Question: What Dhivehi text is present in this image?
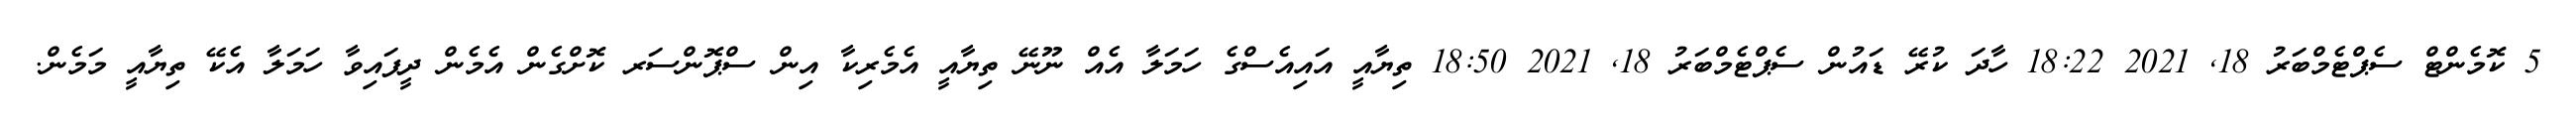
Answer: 5 ކޮމެންޓް ސެޕްޓެމްބަރު 18, 2021 18:22 ހާދަ ކުރޭ ޑައުން ސެޕްޓެމްބަރު 18, 2021 18:50 ތިޔާއީ އައިއެސްގެ ހަމަލާ އެއް ނޫނޭ ތިޔާއީ އެމެރިކާ އިން ސްޕޮންސަރ ކޮށްގެން އެމެން ދީފައިވާ ހަމަލާ އެކޭ ތިޔާއީ މަމެން.